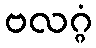
ဗလဂ္ဂံ